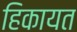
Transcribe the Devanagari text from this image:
हिकायत